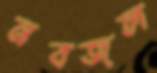
নবজল